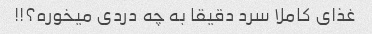
غذای کاملا سرد دقیقا به چه دردی میخوره؟!!